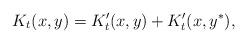
LaTeX: \begin{align*} K_t(x, y) = K'_t(x, y) + K'_t(x, y^*),\end{align*}